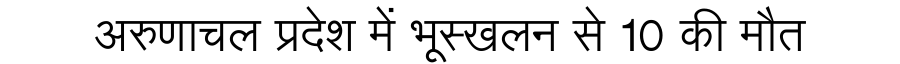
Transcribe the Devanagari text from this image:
अरुणाचल प्रदेश में भूस्खलन से 10 की मौत